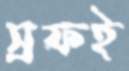
স্রফই